Indian journal of veterinary science and animal husbandry - Volume 8,
Year: 1938
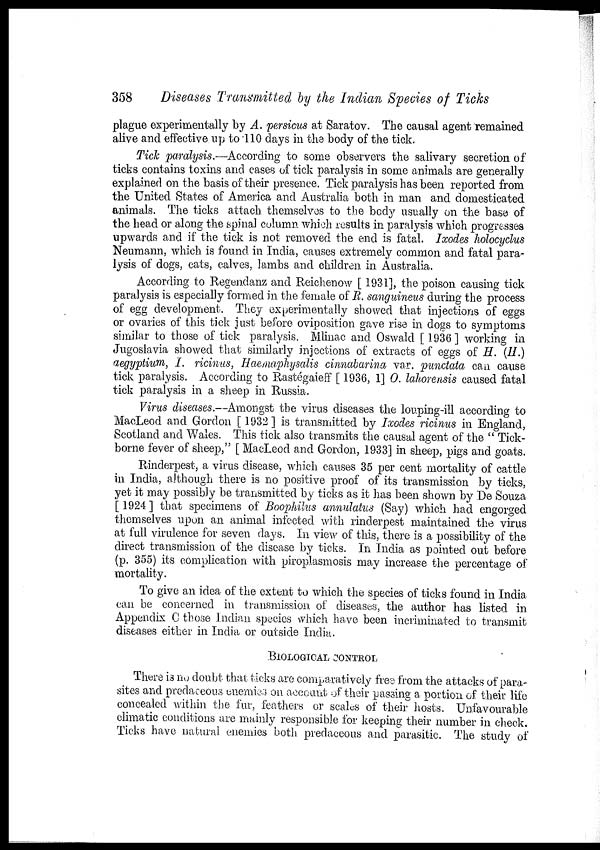
358
Diseases Transmitted by the Indian Species of Ticks
plague experimentally by A. persicus at Saratov. The causal agent remained
alive and effective up to 110 days in the body of the tick.
Tick paralysis.—According to some observers the salivary secretion of
ticks contains toxins and cases of tick paralysis in some animals are generally
explained on the basis of their presence. Tick paralysis has been reported from
the United States of America and Australia both in man and domesticated
animals. The ticks attach themselves to the body usually on the base of
the head or along the spinal column which results in paralysis which progresses
upwards and if the tick is not removed the end is fatal. Ixodes holocyclus
Neumann, which is found in India, causes extremely common and fatal para-
lysis of dogs, cats, calves, lambs and children in Australia.
According to Regendanz and Reichenow [ 1931], the poison causing tick
paralysis is especially formed in the female of R. sanguineus during the process
of egg development. They experimentally showed that injections of eggs
or ovaries of this tick just before oviposition gave rise in dogs to symptoms
similar to those of tick paralysis. Mlinac and Oswald [ 1936 ] working in
Jugoslavia showed that similarly injections of extracts of eggs of H. (H.)
aegyptium, I. ricinus, Haemaphysalis cinnabarina var. punctata can cause
tick paralysis. According to Rastégaieff [ 1936, 1] O. lahorensis caused fatal
tick paralysis in a sheep in Russia.
Virus diseases.—Amongst the virus diseases the louping-ill according to
MacLeod and Gordon [ 1932 ] is transmitted by Ixodes ricinus in England,
Scotland and Wales. This tick also transmits the causal agent of the " Tick-
borne fever of sheep," [ MacLeod and Gordon, 1933] in sheep, pigs and goats.
Rinderpest, a virus disease, which causes 35 per cent mortality of cattle
in India, although there is no positive proof of its transmission by ticks,
yet it may possibly be transmitted by ticks as it has been shown by De Souza
[ 1924 ] that specimens of Boophilus annulatus (Say) which had engorged
themselves upon an animal infected with rinderpest maintained the virus
at full virulence for seven days. In view of this, there is a possibility of the
direct transmission of the disease by ticks. In India as pointed out before
(p. 355) its complication with piroplasmosis may increase the percentage of
mortality.
To give an idea of the extent to which the species of ticks found in India
can be concerned in transmission of diseases, the author has listed in
Appendix C those Indian species which have been incriminated to transmit
diseases either in India or outside India.
BIOLOGICAL CONTROL
There is no doubt that ticks are comparatively free from the attacks of para-
sites and predaceous enemies on account of their passing a portion of their life
concealed within the fur, feathers or scales of their hosts. Unfavourable
climatic conditions are mainly responsible for keeping their number in check.
Ticks have natural enemies both predaceous and parasitic. The study of